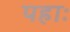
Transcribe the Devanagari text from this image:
पहाः